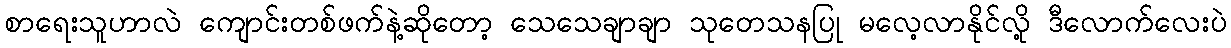
စာရေးသူဟာလဲ ကျောင်းတစ်ဖက်နဲ့ဆိုတော့ သေသေချာချာ သုတေသနပြု မလေ့လာနိုင်လို့ ဒီလောက်လေးပဲ